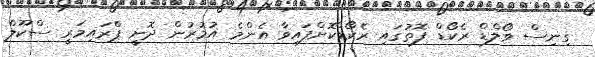
ގިނިސް ވޯލްޑް ރެކޯޑް ފޮތުގައި ރެކޯޑްކޮށްފައިވާ އެންމެ އުމުރުން ދޮށީ ޕްރައިމަރީ ސްކޫލް